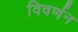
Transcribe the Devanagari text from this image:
विवर्णन